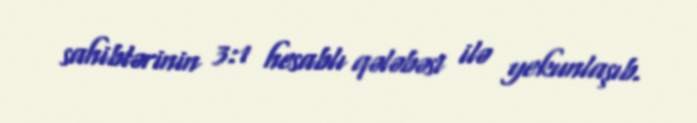
sahiblərinin 3:1 hesablı qələbəsi ilə yekunlaşıb.